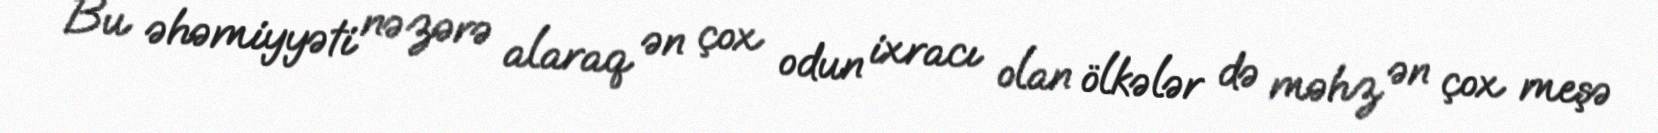
Bu əhəmiyyəti nəzərə alaraq ən çox odun ixracı olan ölkələr də məhz ən çox meşə